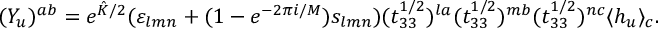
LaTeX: ( Y _ { u } ) ^ { a b } = e ^ { \hat { K } / 2 } ( \varepsilon _ { l m n } + ( 1 - e ^ { - 2 \pi i / M } ) s _ { l m n } ) ( t _ { 3 3 } ^ { 1 / 2 } ) ^ { l a } ( t _ { 3 3 } ^ { 1 / 2 } ) ^ { m b } ( t _ { 3 3 } ^ { 1 / 2 } ) ^ { n c } \langle h _ { u } \rangle _ { c } .